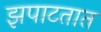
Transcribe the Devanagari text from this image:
झपाटतात